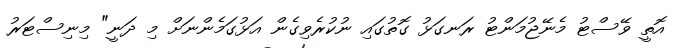
އޮތީ ވޭސްޓު މެނޭޖުމަންޓު ރަނގަޅު ގޮތުގައި ނުކުރެވިގެން އަޅުގަމެންނަށް މި ދަނީ" މިނިސްޓަރު